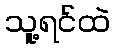
သူ့ရင်ထဲ